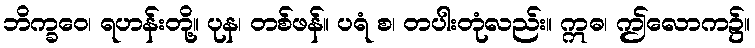
ဘိက္ခဝေ၊ ရဟန်းတို့။ ပုန၊ တစ်ဖန်။ ပရံ စ၊ တပါးတုံလည်း။ ဣဓ၊ ဤလောက၌။